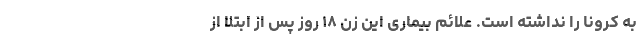
به کرونا را نداشته است. علائم بیماری این زن ۱۸ روز پس از ابتلا از